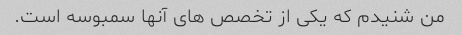
من شنیدم که یکی از تخصص های آنها سمبوسه است.